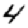
Digit: 4